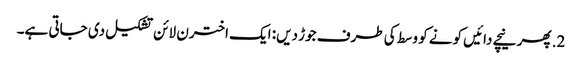
2. پھر نیچے دائیں کونے کو وسط کی طرف جوڑ دیں: ایک اخترن لائن تشکیل دی جاتی ہے۔